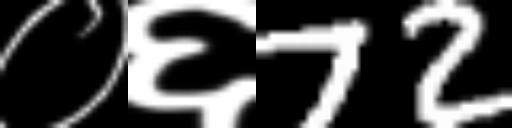
Text: ०६72